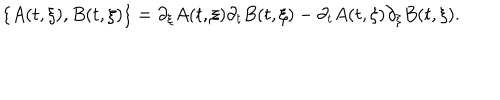
\lbrace A ( t , \xi ) , B ( t , \xi ) \rbrace = \partial _ { \xi } A ( t , \xi ) \partial _ { t } B ( t , \xi ) - \partial _ { t } A ( t , \xi ) \partial _ { \xi } B ( t , \xi ) .